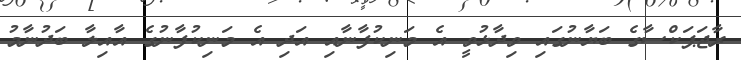
ރާޖަޕަކްސާގެ ބަޔާނުގައި ވިދާޅުވީ އެ މަނިކުފާނާއި އަދި އެ މަނިކުފާނުގެ އާއިލާ ބަދުނާމު